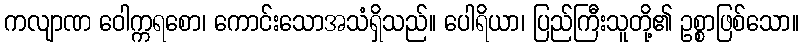
ကလျာဏ ဝေါက္ကရစော၊ ကောင်းသောအသံရှိသည်။ ပေါရိယာ၊ ပြည်ကြီးသူတို့၏ ဥစ္စာဖြစ်သော။